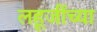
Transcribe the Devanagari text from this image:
लहूजींच्या